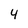
Character: 4